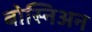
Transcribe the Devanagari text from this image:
बोस्निअन